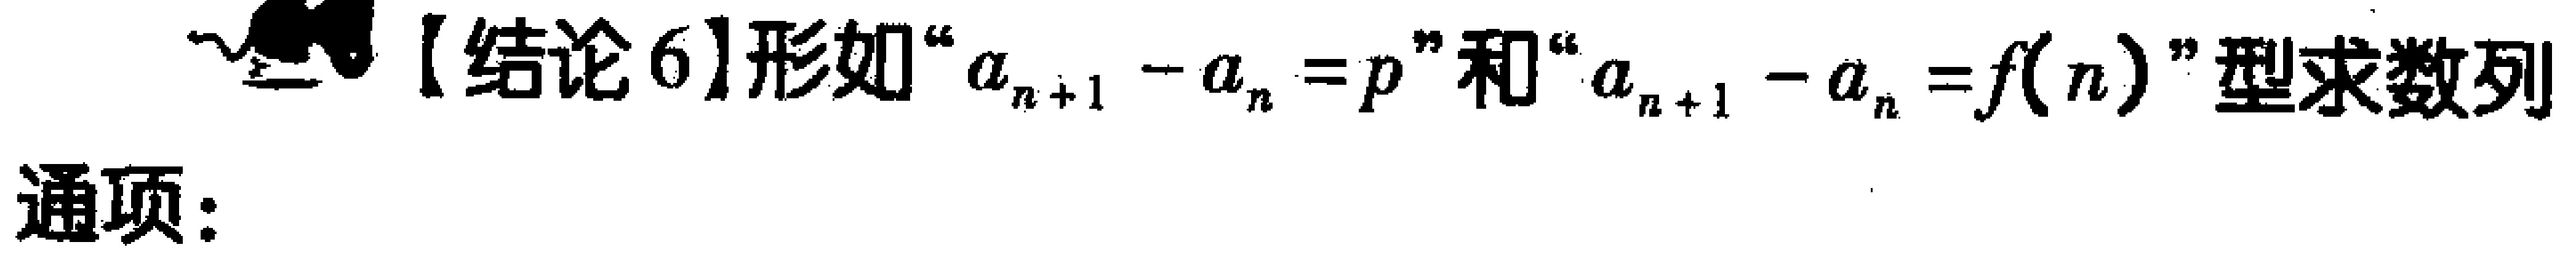
【结论6】形如“\(a_{n + 1} - a_{n} = p\)”和“\(a_{n + 1} - a_{n} = f(n)\)”型求数列
通项：